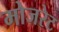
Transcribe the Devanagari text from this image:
मोजरेट